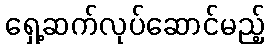
ရှေ့ဆက်လုပ်ဆောင်မည့်